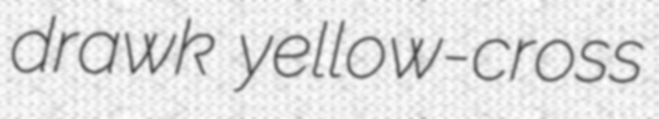
drawk yellow-cross